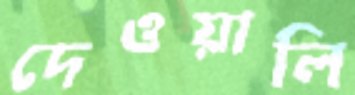
দেওয়ালি